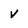
Character: V